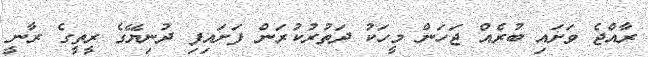
ރާއްޖެ ވަށައި ބުރެއް ޖަހަން މީހަކު ދަތުރުކުރަން ފަށައިފި ދުނިޔޭގެ ރީތީގެ ރާނީ